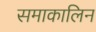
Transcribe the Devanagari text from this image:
समाकालिन